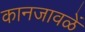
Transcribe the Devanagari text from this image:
कानजावळें